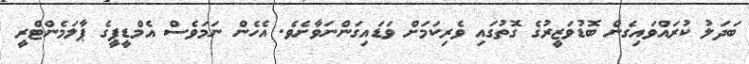
ބަދަލު ކުރައްވައިގެން ބޮޑުވަޒީރުގެ ގޮތުގައި ވެރިކަމަށް ވަޑައިގަންނަވާށެވެ. އެހެން ނަމަވެސް އެމްޑީޕީގެ ޕާލަމެންޓްރީ